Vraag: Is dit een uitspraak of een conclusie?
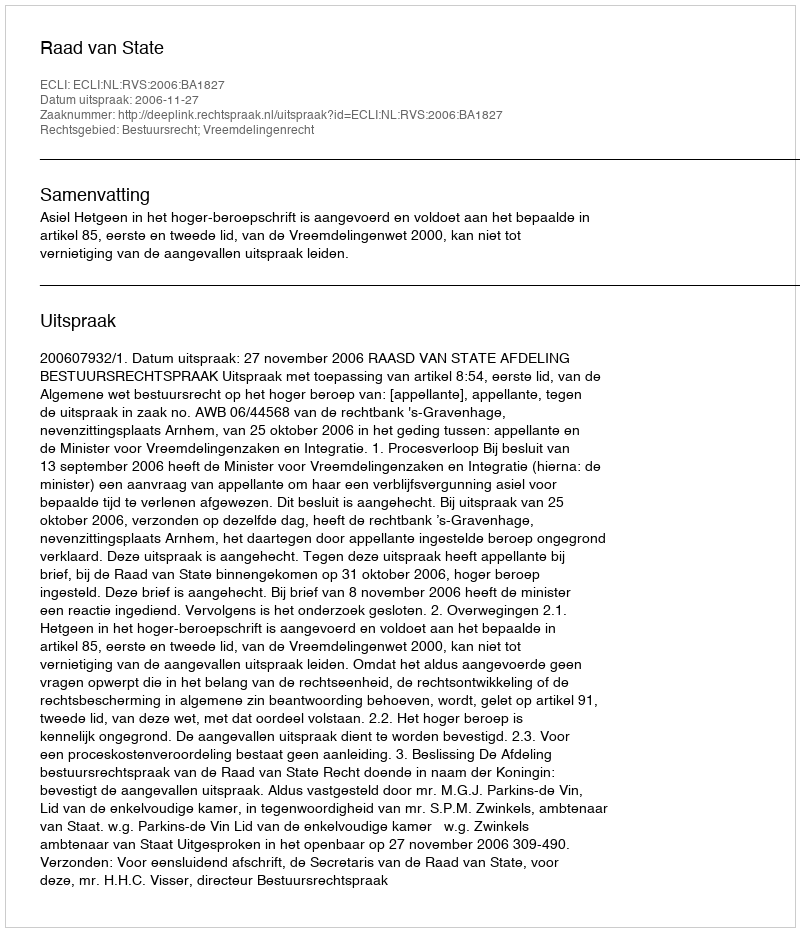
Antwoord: Uitspraak